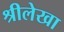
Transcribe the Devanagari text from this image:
श्रीलेखा